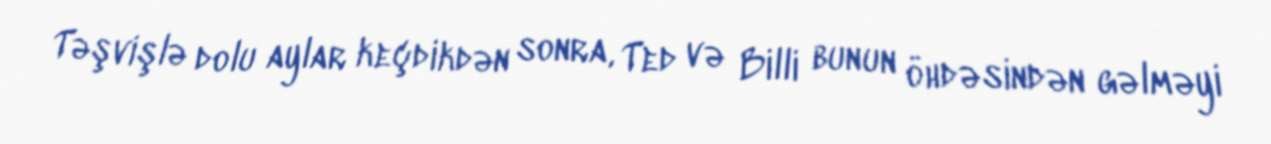
Təşvişlə dolu aylar keçdikdən sonra, Ted və Billi bunun öhdəsindən gəlməyi